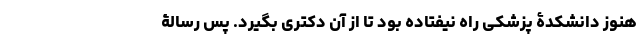
هنوز دانشکدۀ پزشکی راه نیفتاده بود تا از آن دکتری بگیرد. پس رسالۀ